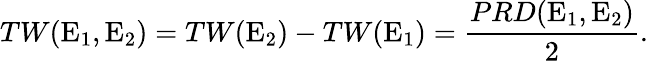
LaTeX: TW(\textrm{E}_{1},\textrm{E}_{2})=TW(\textrm{E}_{2})-TW(\textrm{E}_{1})=\frac{PRD(\textrm{E}_{1},\textrm{E}_{2})}{2}.